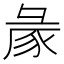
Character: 𢑡